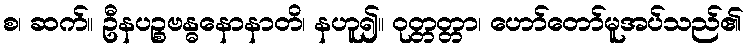
စ၊ ဆက်။ ဦနပဉ္စဗန္ဓနောနာတိ၊ နဟူ၍။ ဝုတ္တတ္တာ၊ ဟော်တော်မူအပ်သည်၏